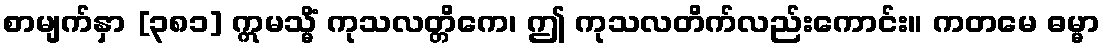
စာမျက်နှာ [၃၈၁] ဣမသ္မိံ ကုသလတ္တိကေ၊ ဤ ကုသလတိက်လည်းကောင်း။ ကတမေ ဓမ္မာ